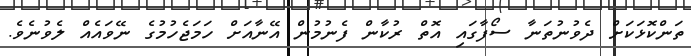
ތަންކޮޅަކަށް ދެވުނުތަނާ ސޯފާގައި އޮތް ރުކާން ފެނުމުން އޭނާއަށް ހަމަޖެހުމުގެ ނޭވައެއް ލެވުނެވެ.